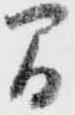
間